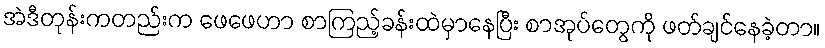
အဲဒီတုန်းကတည်းက ဖေဖေဟာ စာကြည့်ခန်းထဲမှာနေပြီး စာအုပ်တွေကို ဖတ်ချင်နေခဲ့တာ။